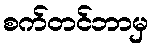
စက်တင်ဘာမှ